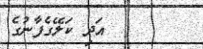
އަދި ކަލޭގެފާނުގެ